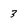
Character: 3